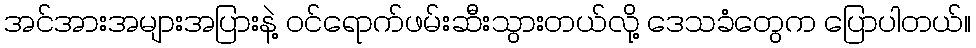
အင်အားအများအပြားနဲ့ ဝင်ရောက်ဖမ်းဆီးသွားတယ်လို့ ဒေသခံတွေက ပြောပါတယ်။